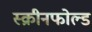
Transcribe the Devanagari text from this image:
स्क्रीनफोल्ड